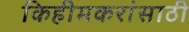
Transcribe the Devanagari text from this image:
किहीमकरांसाठी